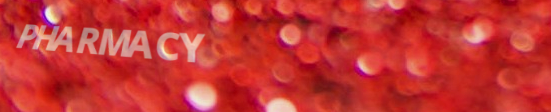
PHARMACY